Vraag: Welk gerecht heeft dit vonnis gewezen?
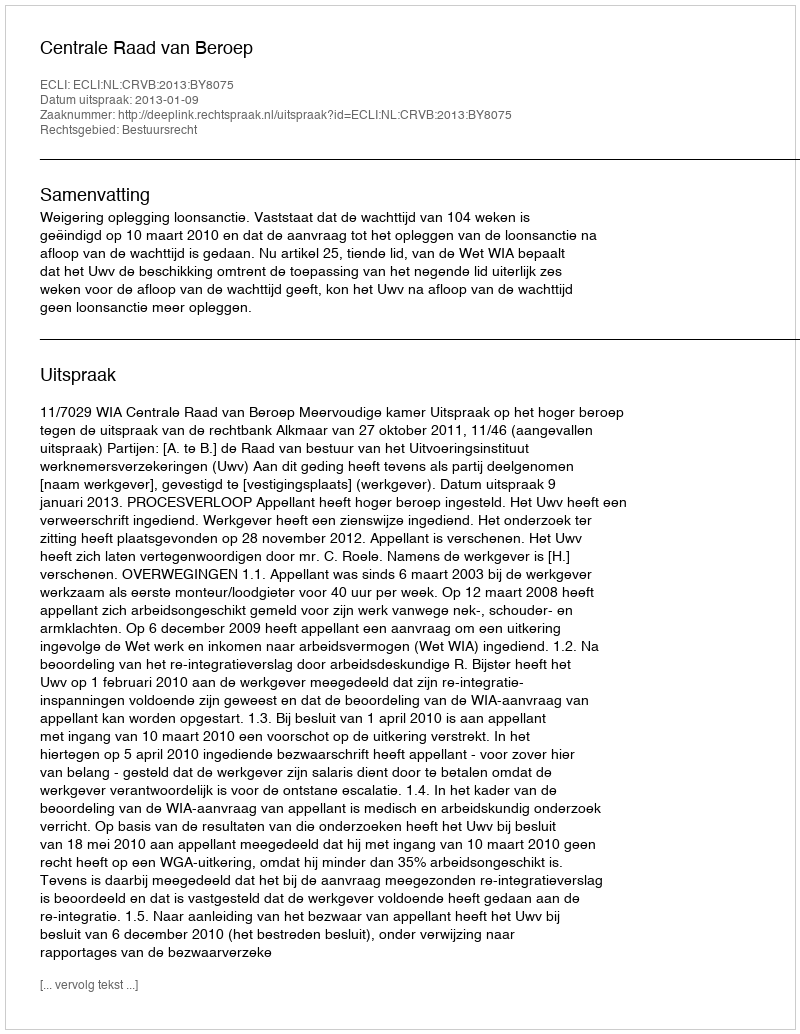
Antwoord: Centrale Raad van Beroep